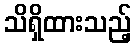
သိရှိထားသည့်